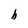
Character: h